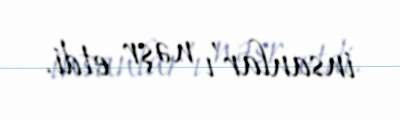
insanlar'ı nəşr etdi.